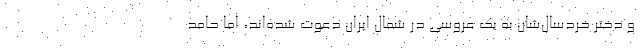
و دختر خردسال‌شان به یک عروسی در شمال ایران دعوت شده‌اند، اما حامد